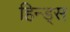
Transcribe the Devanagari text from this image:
हिन्ड्स